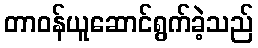
တာဝန်ယူဆောင်ရွက်ခဲ့သည်